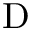
\mathrm { D }